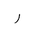
Letter: _ra